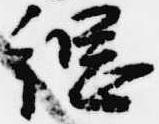
綱